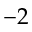
- 2